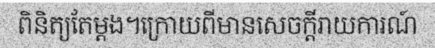
ពិនិត្យតែម្តង។ក្រោយពីមានសេចក្តីរាយការណ៍